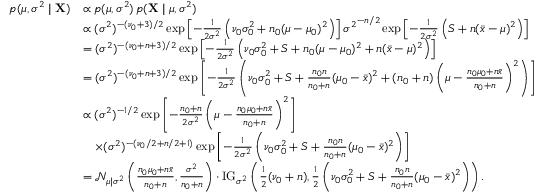
{ \begin{array} { r l } { p ( \mu , \sigma ^ { 2 } \mid \mathbf { X } ) } & { \propto p ( \mu , \sigma ^ { 2 } ) \, p ( \mathbf { X } \mid \mu , \sigma ^ { 2 } ) } \\ & { \propto ( \sigma ^ { 2 } ) ^ { - ( \nu _ { 0 } + 3 ) / 2 } \exp \left[ - { \frac { 1 } { 2 \sigma ^ { 2 } } } \left( \nu _ { 0 } \sigma _ { 0 } ^ { 2 } + n _ { 0 } ( \mu - \mu _ { 0 } ) ^ { 2 } \right) \right] { \sigma ^ { 2 } } ^ { - n / 2 } \exp \left[ - { \frac { 1 } { 2 \sigma ^ { 2 } } } \left( S + n ( { \bar { x } } - \mu ) ^ { 2 } \right) \right] } \\ & { = ( \sigma ^ { 2 } ) ^ { - ( \nu _ { 0 } + n + 3 ) / 2 } \exp \left[ - { \frac { 1 } { 2 \sigma ^ { 2 } } } \left( \nu _ { 0 } \sigma _ { 0 } ^ { 2 } + S + n _ { 0 } ( \mu - \mu _ { 0 } ) ^ { 2 } + n ( { \bar { x } } - \mu ) ^ { 2 } \right) \right] } \\ & { = ( \sigma ^ { 2 } ) ^ { - ( \nu _ { 0 } + n + 3 ) / 2 } \exp \left[ - { \frac { 1 } { 2 \sigma ^ { 2 } } } \left( \nu _ { 0 } \sigma _ { 0 } ^ { 2 } + S + { \frac { n _ { 0 } n } { n _ { 0 } + n } } ( \mu _ { 0 } - { \bar { x } } ) ^ { 2 } + ( n _ { 0 } + n ) \left( \mu - { \frac { n _ { 0 } \mu _ { 0 } + n { \bar { x } } } { n _ { 0 } + n } } \right) ^ { 2 } \right) \right] } \\ & { \propto ( \sigma ^ { 2 } ) ^ { - 1 / 2 } \exp \left[ - { \frac { n _ { 0 } + n } { 2 \sigma ^ { 2 } } } \left( \mu - { \frac { n _ { 0 } \mu _ { 0 } + n { \bar { x } } } { n _ { 0 } + n } } \right) ^ { 2 } \right] } \\ & { \quad \times ( \sigma ^ { 2 } ) ^ { - ( \nu _ { 0 } / 2 + n / 2 + 1 ) } \exp \left[ - { \frac { 1 } { 2 \sigma ^ { 2 } } } \left( \nu _ { 0 } \sigma _ { 0 } ^ { 2 } + S + { \frac { n _ { 0 } n } { n _ { 0 } + n } } ( \mu _ { 0 } - { \bar { x } } ) ^ { 2 } \right) \right] } \\ & { = { \mathcal { N } } _ { \mu \mid \sigma ^ { 2 } } \left( { \frac { n _ { 0 } \mu _ { 0 } + n { \bar { x } } } { n _ { 0 } + n } } , { \frac { \sigma ^ { 2 } } { n _ { 0 } + n } } \right) \cdot \mathrm { { I G } } _ { \sigma ^ { 2 } } \left( { \frac { 1 } { 2 } } ( \nu _ { 0 } + n ) , { \frac { 1 } { 2 } } \left( \nu _ { 0 } \sigma _ { 0 } ^ { 2 } + S + { \frac { n _ { 0 } n } { n _ { 0 } + n } } ( \mu _ { 0 } - { \bar { x } } ) ^ { 2 } \right) \right) . } \end{array} }